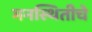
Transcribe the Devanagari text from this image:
मनस्थितीचे